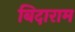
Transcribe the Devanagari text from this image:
बिदाराम